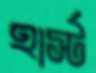
হার্স্ট